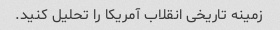
زمینه تاریخی انقلاب آمریکا را تحلیل کنید.